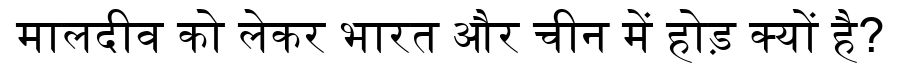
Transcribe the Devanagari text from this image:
मालदीव को लेकर भारत और चीन में होड़ क्यों है?